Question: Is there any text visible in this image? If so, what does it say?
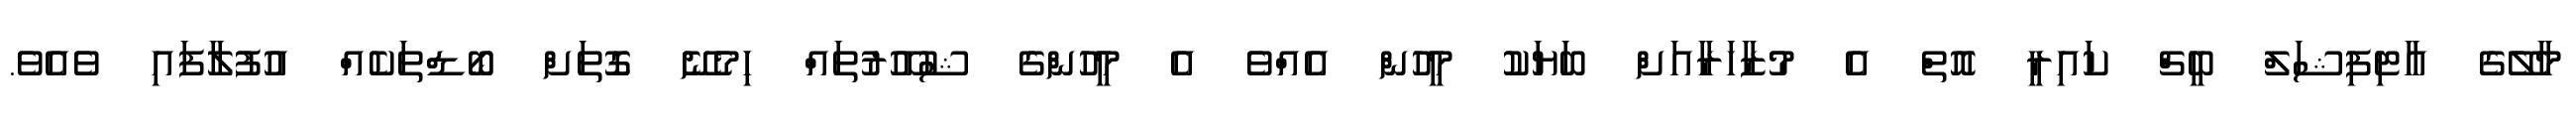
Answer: މާލޭގެ އާޓިފިޝަލް ބީޗް ކައިރީ އޮތް އެ މުޒާހަރާއަށް ބަޔަކު މީހުން އެއްވެ އެ މީހުންގެ ޝުއޫރުތައް ހިމެނޭ ގޮތަށް ބޯޑްތަކެއް އުފުލާފައި ވެއެވެ.